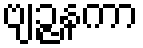
ဗျဉ္ဇနကာ